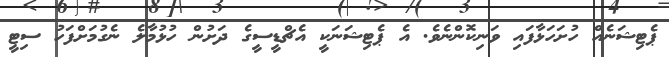
ޕެޓިޝަނެއް ހުށަހަޅާފައި ވަނިކޮންނެވެ. އެ ޕެޓިޝަނަކީ އެޗްޑީސީގެ ދަށުން ހުޅުމާލެ ނެގުމަށްފަހު ސިޓީ